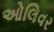
ઓલિવર